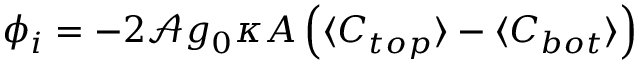
\phi _ { i } = - 2 \mathcal { A } g _ { 0 } \kappa A \left( \langle C _ { t o p } \rangle - \langle C _ { b o t } \rangle \right)